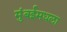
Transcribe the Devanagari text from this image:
मुंबईमधला